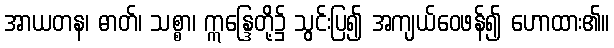
အာယတန၊ ဓာတ်၊ သစ္စာ၊ ဣန္ဒြေတို့၌ သွင်းပြ၍ အကျယ်ဝေဖန်၍ ဟောထား၏။